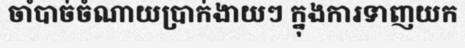
ចាំបាច់ចំណាយប្រាក់ងាយៗ ក្នុងការទាញយក